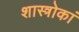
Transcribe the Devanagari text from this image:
शास्त्रोकां